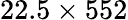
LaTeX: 22.5\times 552